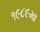
૧૯૮૯મા